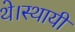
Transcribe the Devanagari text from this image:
थे।स्थायी